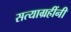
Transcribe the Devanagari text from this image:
सत्याग्रहींनी